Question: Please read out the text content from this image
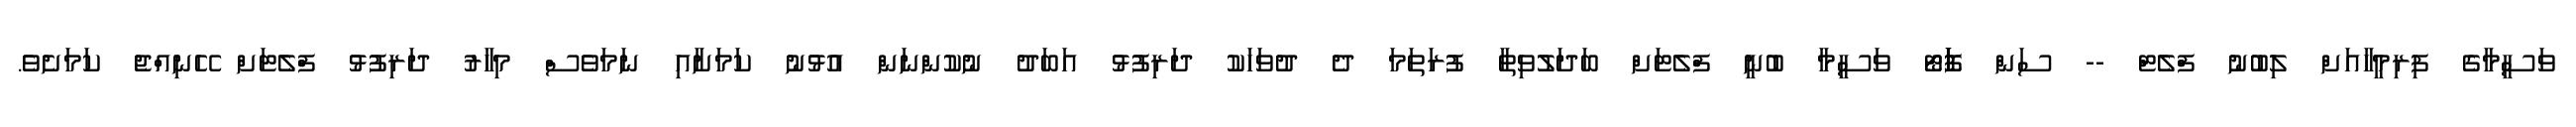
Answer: ވަސީމާގެ ފިރިމީހާއަށް ލިބުނު ފްލެޓް -- ސަން ފޮަަަަޓޯ ވަސީމާ ބުނީ ފްލެޓަށް ބަދަލުވިތާ ފުރަތަމަ ދެ ދުވަހަކު ދަރިފުޅު އަބަދު ނުކުންނަން އުޅުނު ކަމަށާއި ނަމަވެސް މިހާރު ދަރިފުޅު ފްލެޓަށް ހޭނިއްޖެ ކަމަށެވެ.